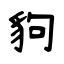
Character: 豿